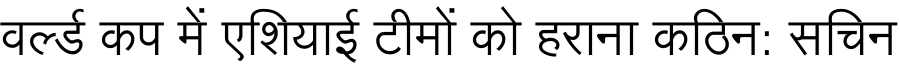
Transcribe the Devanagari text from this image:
वर्ल्ड कप में एशियाई टीमों को हराना कठिन: सचिन